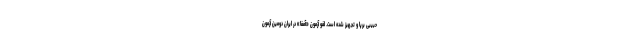
حبیبی برپا و تجهیز شده است. لغو آزمون «آمفا» در ایران دومین آزمون